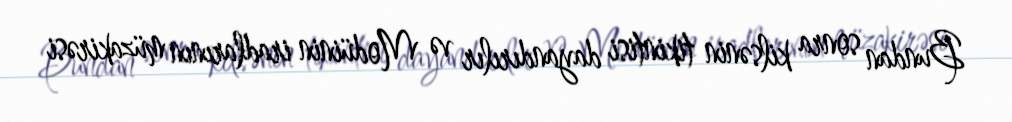
Bundan sonra kilsənin tikintisi dayandırılır və Modüinin iradlarının müzakirəsi